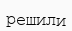
решили